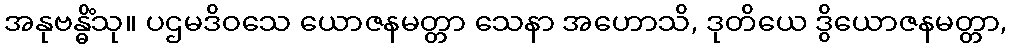
အနုဗန္ဓိံသု။ ပဌမဒိဝသေ ယောဇနမတ္တာ သေနာ အဟောသိ, ဒုတိယေ ဒွိယောဇနမတ္တာ,